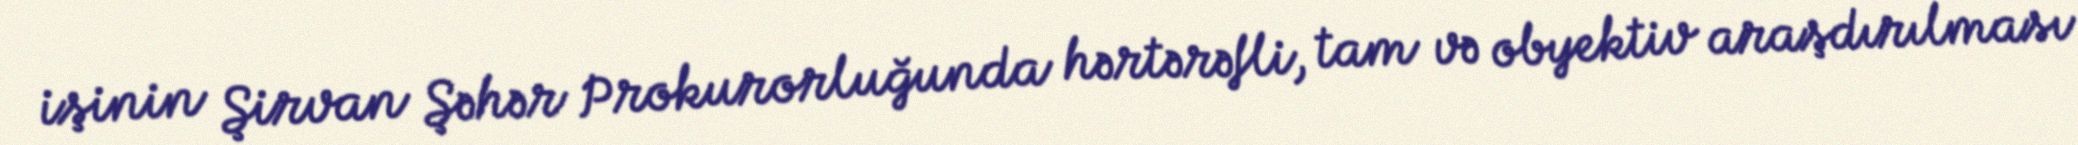
işinin Şirvan Şəhər Prokurorluğunda hərtərəfli, tam və obyektiv araşdırılması